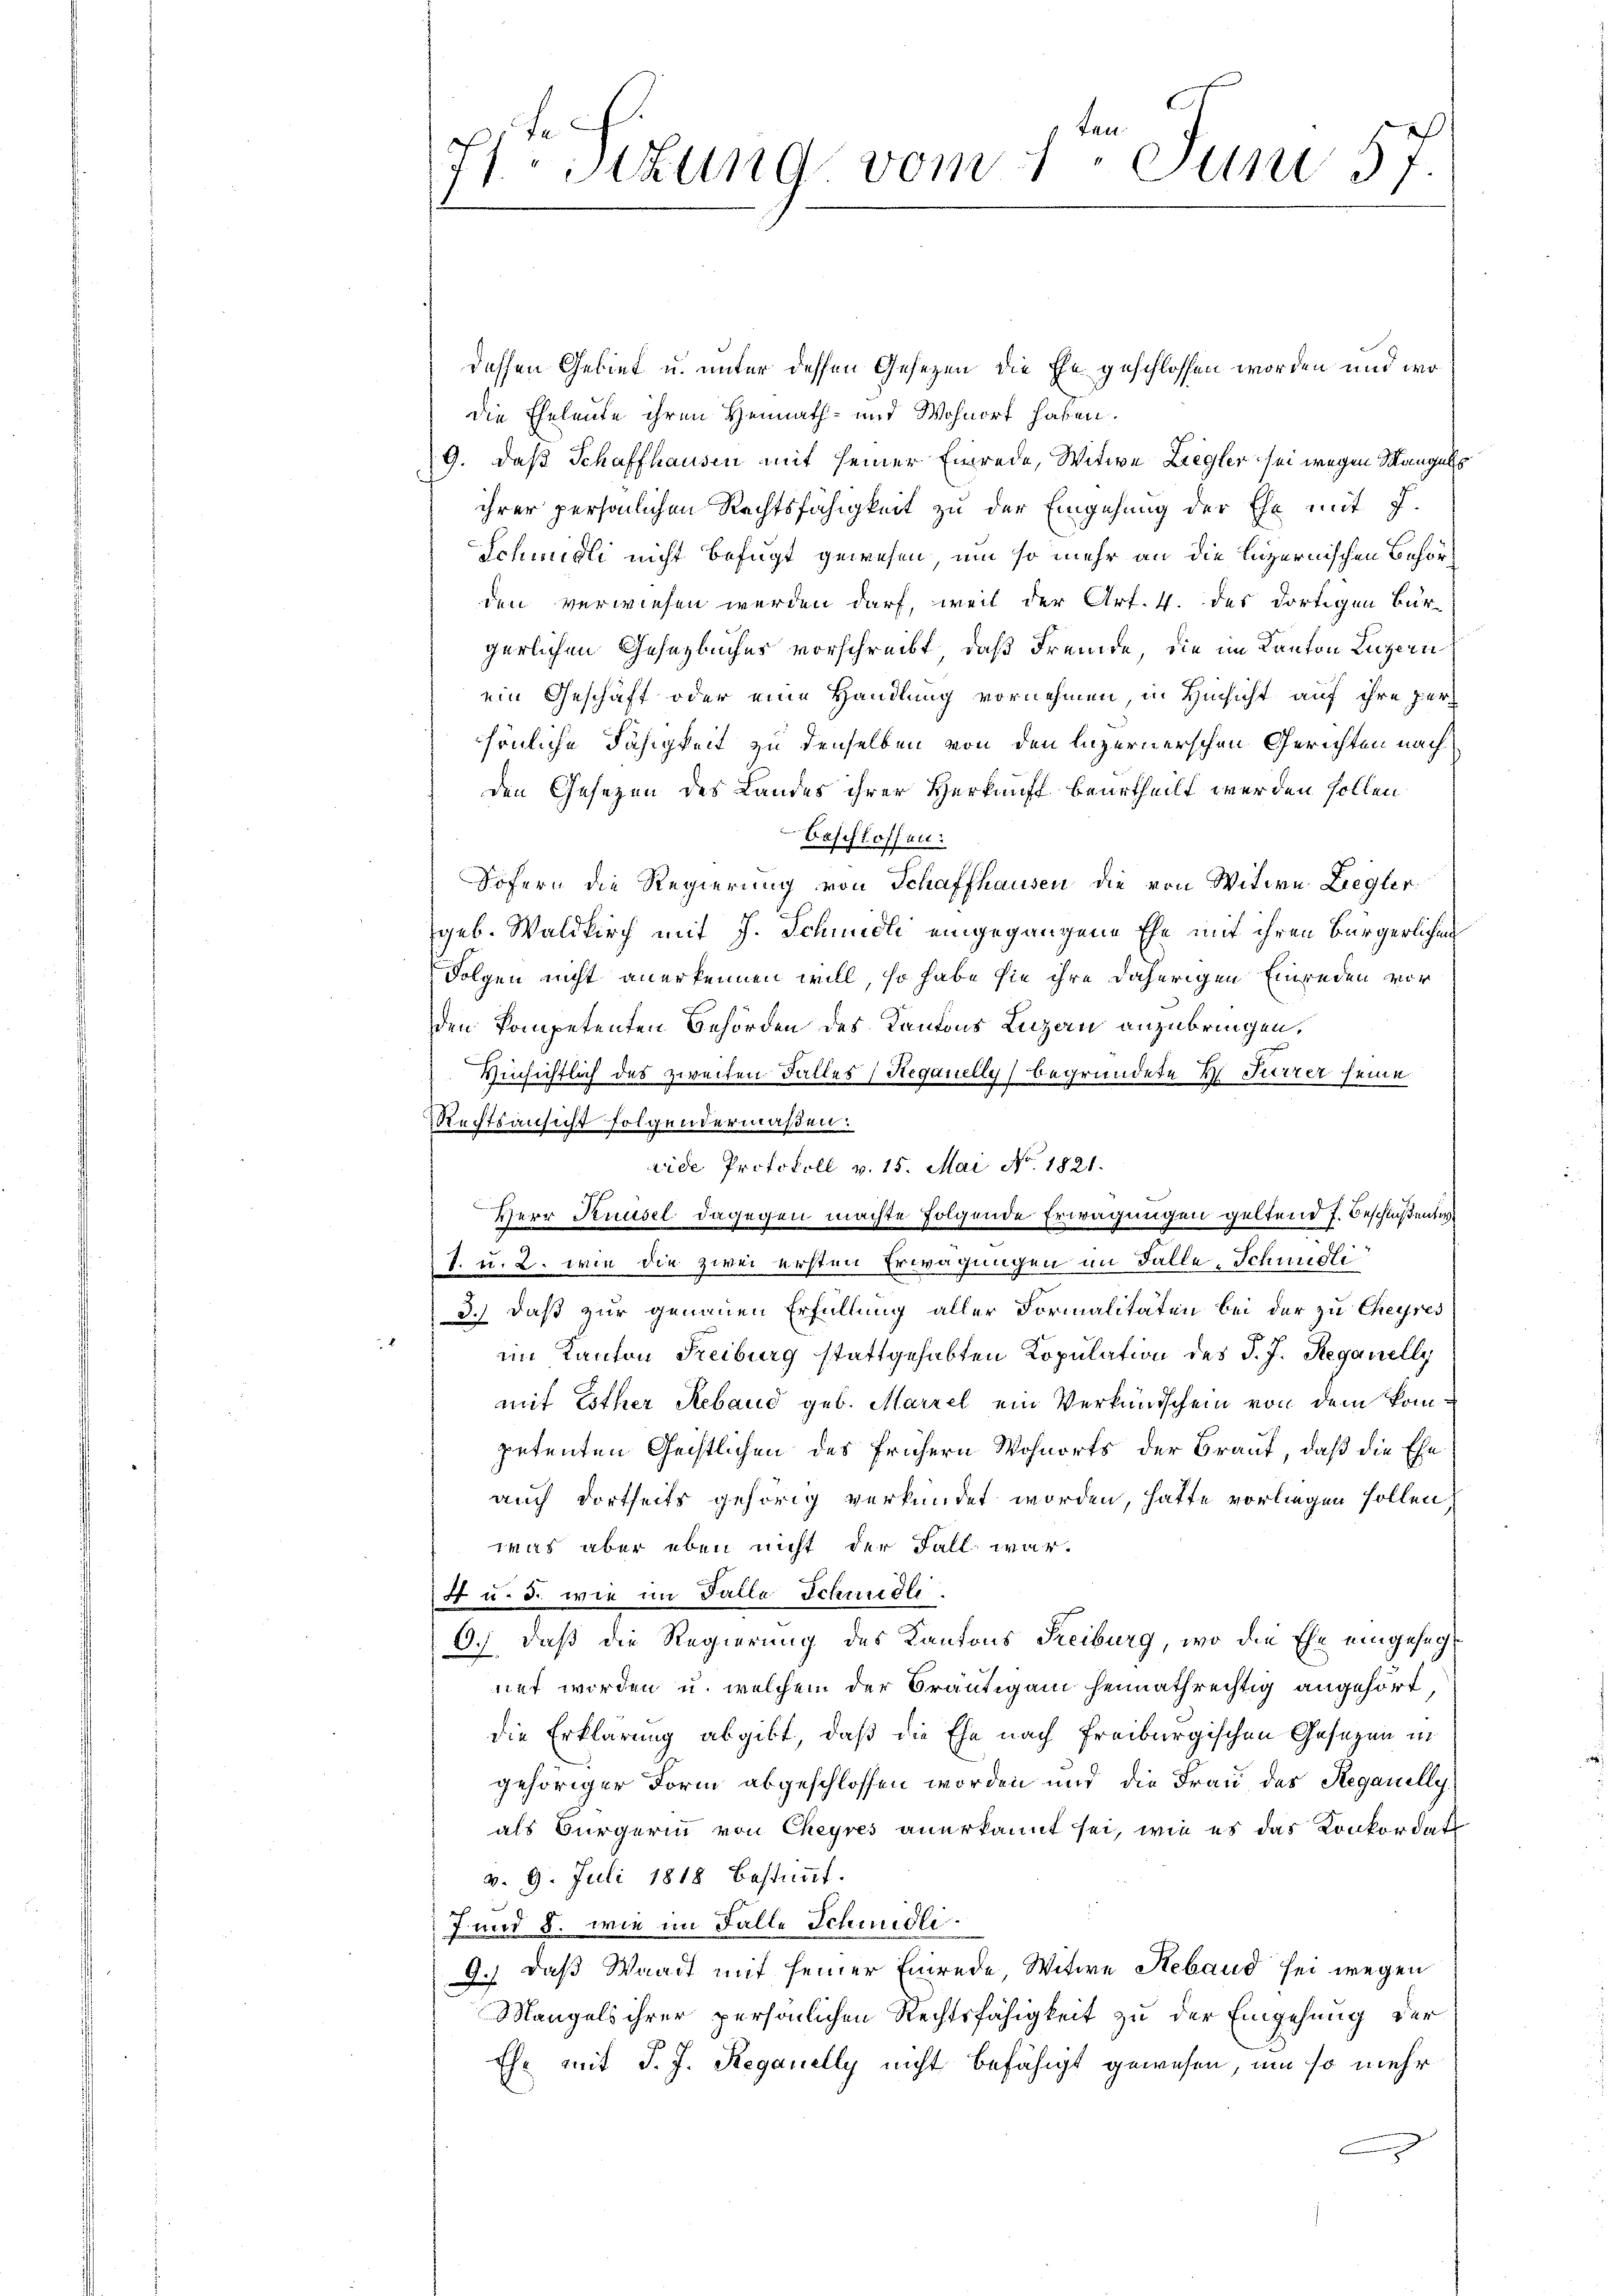
2

71Stzung vom 1. Juni 57.

dessen Gebiet u. unter dessen Gesezen die Ehe geschlossen worden und wo
die Eheleute ihren Heimath- und Wohnort haben.
9. daß Schaffhausen mit seiner Einrede, Witwe Liegler sei wegen Mangels
ihrer persönlichen Rechtsfähigkeit zu der Eingehung der Ehe mit 7.
Schmidli nicht befugt gewesen, um so mehr an die Luzernischen Behörden verwiesen werden darf, weil der Art. 4. des dortigen Bür-
gerlichen Gesetzbuches vorschreibt, daß Fremde, die im Kanton Luzern
ein Geschäft oder eine Handlung vornehmen, in Hinsicht auf ihre Persönliche Fähigkeit zu denselben von den luzernerschen Gerichten nach
den Gesezen des Landes ihrer Herkunft beurtheilt werden sollen
beschlossen:
Sofern die Regierung von Schaffhausen die von Witwe Liegler
geb. Waldkirch mit J. Schmidli eingegangene Ehe mit ihren Bürgerlichen
Folgen nicht anerkennen will, so habe sie ihre daherigen Einreden vor
den kompetenten Behörden des Kantons Luzau anzubringen,
Hinsichtlich des zweiten Falles (Reganelly begründete H. Furrer seine
Rechtsansicht folgendermaßen:
vide Protokoll v. 15. Mai No. 1821.
Herr Kuusel dagegen machte folgende Erwägungen geltend J. Beschloßensa
7. u. 2. wie die zwei ersten Erwägungen im Falle, Schmidli
3.) daß zur genauen Erfüllung aller Formalitäten bei der zu Cheyres
im Kanton Freiburg stattgehabten Kopulation des J. J. Reganelly
mit Esther Reband geb. Marzel ein Verkundschein von dem kompetenten Geistlichen des frühern Wohnorts der Braut, daß die Ehe
auch dortseits gehörig verkündet worden, hatte vorliegen sollen,
was aber eben nicht der Fall war.
4 u. d. wie im Falle Schmiedli
6.) Daß die Regierung des Kantons Freiburg, wo die Ehe eingesagt
net worden u. welchem der Bräutigam heimathrechtig angehört,
die Erklärung abgibt, daß die Ehe nach Freiburgischen Gesezen in
gehöriger Form abgeschlossen worden und die Frau des Regauilly
als Bürgerin von Cheyres anerkannt sei, wie es das Konkordat
v. 9. Juli 1818 bestimmt.
7 und §. wie im Falle Schmidli
9.) Daß Waadt mit seiner Einrede, Witwe Reband sei wegen
Mangels ihrer persönlichen Rechtsfähigkeit zu der Eingehung der
Ehe mit J. J. Reganelly nicht befähigt gewesen, um so mehr
s